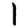
Digit: 1